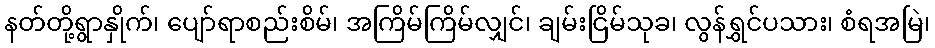
နတ်တို့ရွာနှိုက်၊ ပျော်ရာစည်းစိမ်၊ အကြိမ်ကြိမ်လျှင်၊ ချမ်းငြိမ်သုခ၊ လွန်ရွှင်ပသား၊ စံရအမြဲ၊